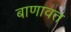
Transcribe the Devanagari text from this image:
बाणावत